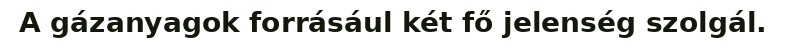
A gázanyagok forrásául két fő jelenség szolgál.